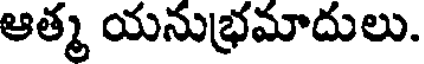
ఆత్మ యనుభ్రమాదులు.